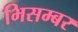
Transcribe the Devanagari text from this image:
भिसम्बर